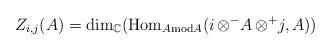
LaTeX: \begin{align*} Z_{i,j}(A) = \mathrm{dim}_{\mathbb{C}}( \mathrm{Hom}_{A\mathrm{mod}A}(i\,{\otimes^{-}}A\,{\otimes^{+}}j,A)) \end{align*}